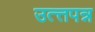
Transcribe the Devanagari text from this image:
उत्त्तपन्न